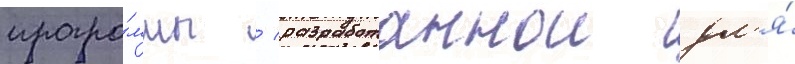
програ́ммы / разработаннои дл'я́